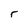
Character: r